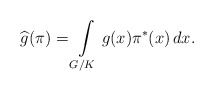
\begin{align*}\widehat{g}(\pi)=\int\limits_{G/K}g(x)\pi^*(x)\,dx.\end{align*}